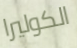
الكوليرا